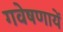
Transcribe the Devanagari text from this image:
गवेषणायें